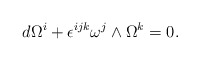
\begin{align*}d \Omega^i + \epsilon^{ijk} \omega^j\wedge \Omega^k=0.\end{align*}